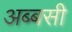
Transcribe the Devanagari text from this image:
अब्बसी